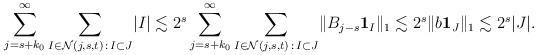
LaTeX: \begin{align*}\sum_{j = s+k_0} ^{\infty } \sum_{I\in \mathcal N (j,s,t) \,:\, I\subset J} \lvert I\rvert&\lesssim 2^{s} \sum_{j = s+k_0} ^{\infty } \sum_{I\in \mathcal N (j,s,t) \,:\, I\subset J} \lVert B _{j-s} \mathbf 1_{I}\rVert_1 \lesssim {2^{s}}\lVert b \mathbf 1_{J}\rVert_1 \lesssim 2^{s} \lvert J\rvert. \end{align*}